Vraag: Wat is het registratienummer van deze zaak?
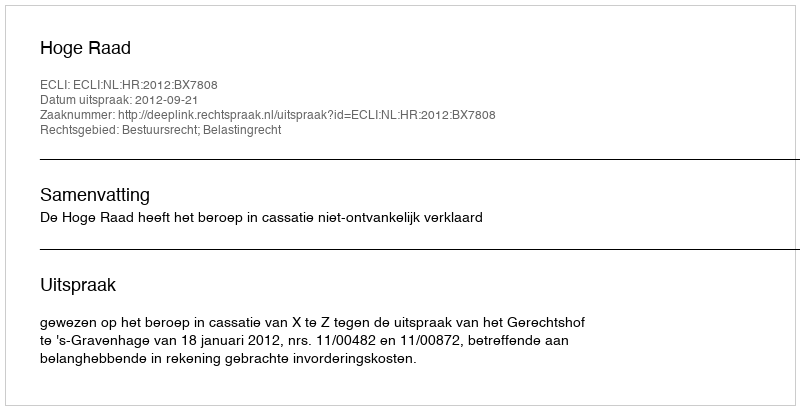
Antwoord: http://deeplink.rechtspraak.nl/uitspraak?id=ECLI:NL:HR:2012:BX7808